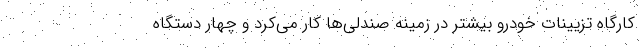
کارگاه تزیینات خودرو بیشتر در زمینه صندلی‌ها کار می‌کرد و چهار دستگاه